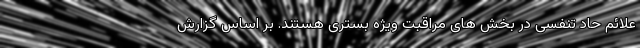
علائم حاد تنفسی در بخش های مراقبت ویژه بستری هستند. بر اساس گزارش